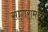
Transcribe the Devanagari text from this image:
सागरामध्ये